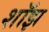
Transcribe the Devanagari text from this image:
शॉझ